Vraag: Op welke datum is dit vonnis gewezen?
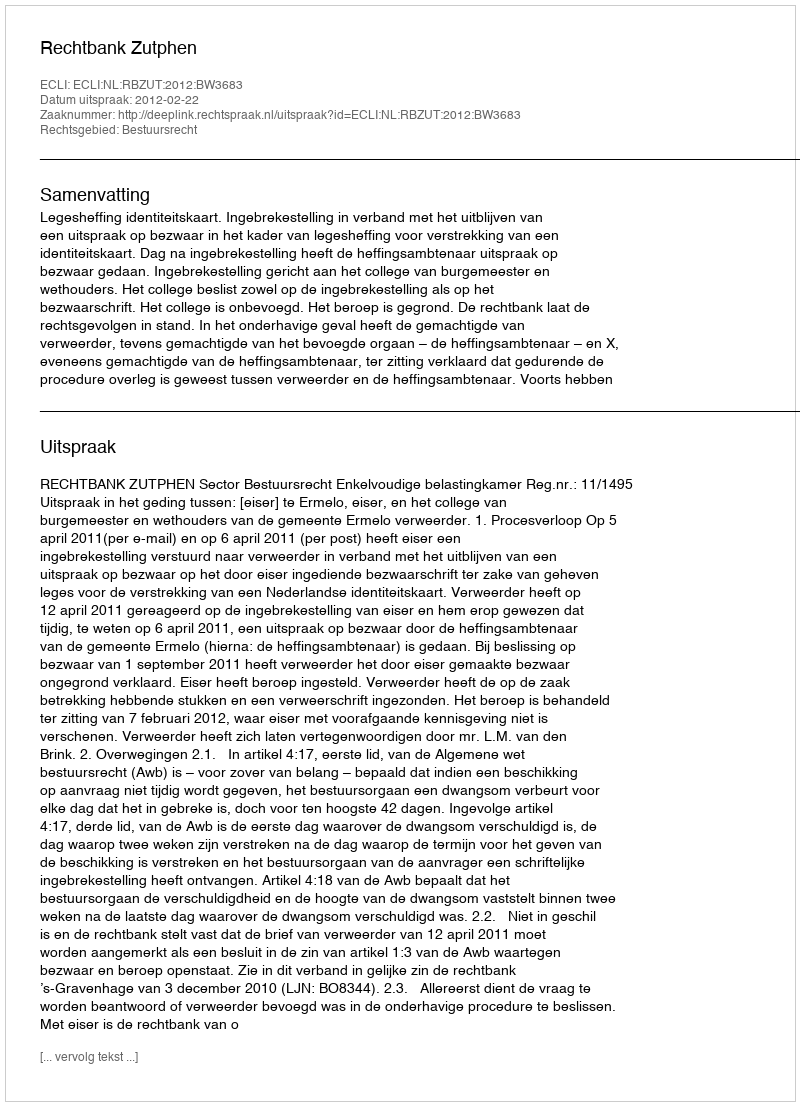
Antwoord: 2012-02-22